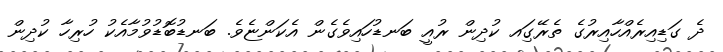
ދެ ގަޑިއިރެއްހާއިރުގެ ތެރޭގަިއ ކުދިން ރުއީ ބަނޑުހައިވެގެން އެކަންޏެވެ. ބަނޑުބޮޑުވުމާއެކު ހުރިހާ ކުދިން